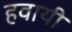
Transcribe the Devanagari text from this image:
हवायी